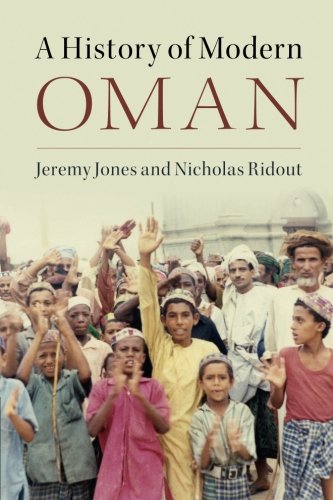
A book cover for A History of Modern Oman; Jeremy Jones; History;